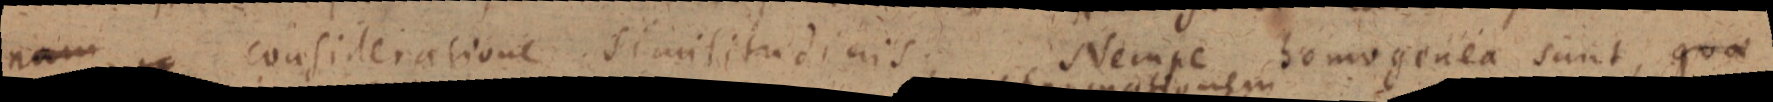
nam consideratione similitudinis. Nempe homogenea sunt, quae